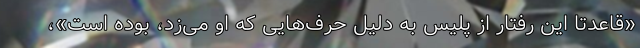
«قاعدتا این رفتار از پلیس به دلیل حرف‌هایی که او می‌زد، بوده است»،